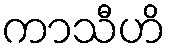
ကာသီဟိ